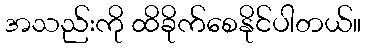
အသည်းကို ထိခိုက်စေနိုင်ပါတယ်။